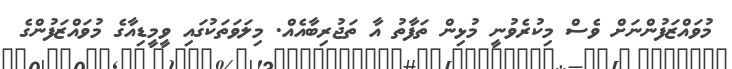
މުވައްޒަފުންނަށް ވެސް މިކުރެވުނީ މުޅިން ތަފާތު އާ ތަޖުރިބާއެއް. މިލަވަތަކުގައި ވީމީޑިއާގެ މުވައްޒަފުންގެ